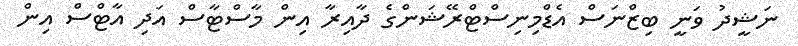
ނަޝީދު ވަނީ ބިޒްނަސް އެޑްމިނިސްޓްރޭޝަންގެ ދާއިރާ އިން މާސްޓާސް އަދި އާޓްސް އިން